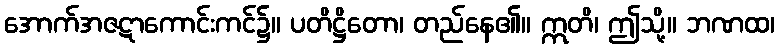
အောက်အဇဋာကောင်းကင်၌။ ပတိဋ္ဌိတော၊ တည်နေ၏။ ဣတိ၊ ဤသို့။ ဘဏထ၊